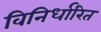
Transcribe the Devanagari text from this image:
विनिर्धारित